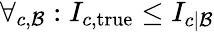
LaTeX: \begin{array}{r}{\forall_{c,\mathcal{B}}:I_{c,\mathrm{true}}\le I_{c|\mathcal{B}}}\end{array}